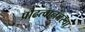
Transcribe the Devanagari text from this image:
प्रौढत्वानंतरचा